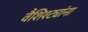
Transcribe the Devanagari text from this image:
वैशिश्ट्यांना